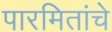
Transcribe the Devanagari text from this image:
पारमितांचे